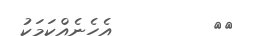
٣٨         އެހެނެއްކަމަކު